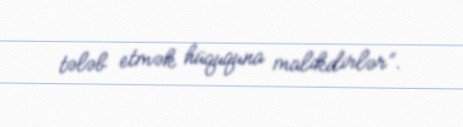
tələb etmək hüququna malikdirlər”.